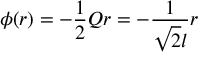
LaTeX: \phi ( r ) = - \frac 1 2 Q r = - \frac { 1 } { \sqrt { 2 } l } r